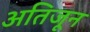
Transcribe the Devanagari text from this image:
अतिजून